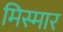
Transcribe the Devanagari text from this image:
मिस्मार